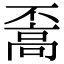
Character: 𩫇